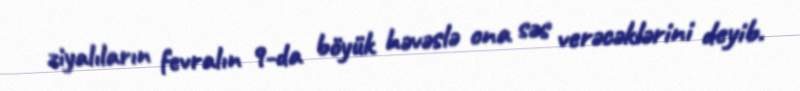
ziyalıların fevralın 9-da böyük həvəslə ona səs verəcəklərini deyib.